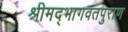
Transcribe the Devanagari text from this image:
श्रीमद्भागवतपुराण